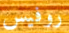
روفيس